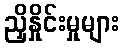
ညှိနှိုင်းမှုများ